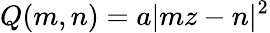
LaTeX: Q(m,n)=a|mz-n|^{2}